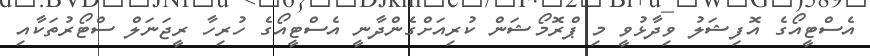
އެސްޓީއޯގެ އޮފިޝަލު ވިދާޅުވީ މި ޕްރޮމޯޝަން ކުރިއަށްގެންދާނީ އެސްޓީއޯގެ ހުރިހާ ރީޖަނަލް ސްޓޯރުތަކާއި